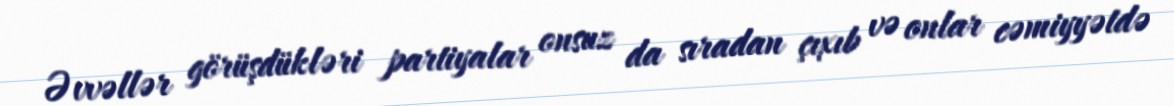
Əvvəllər görüşdükləri partiyalar onsuz da sıradan çıxıb və onlar cəmiyyətdə